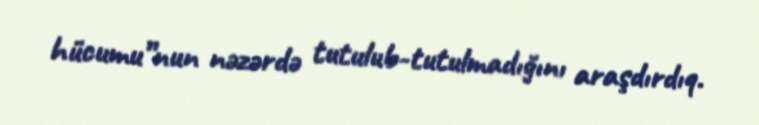
hücumu”nun nəzərdə tutulub-tutulmadığını araşdırdıq.